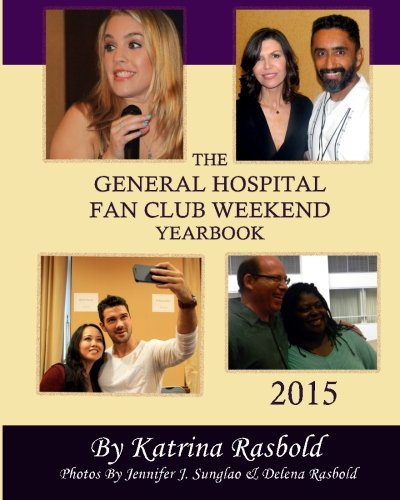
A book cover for The General Hospital Fan Club Weekend Yearbook - 2015; Katrina Rasbold; Humor & Entertainment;